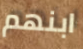
ابنهم